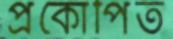
প্রকোপিত